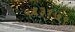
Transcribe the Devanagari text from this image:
५६३१७९